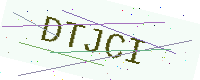
Text: DTJCI